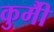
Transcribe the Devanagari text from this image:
कुर्मीै